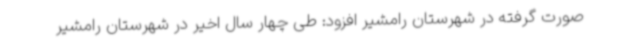
صورت گرفته در شهرستان رامشیر افزود: طی چهار سال اخیر در شهرستان رامشیر